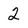
Character: 2